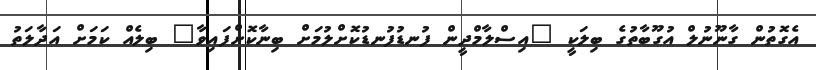
އެގޮތުން ގާނޫނުލް އުގޫބާތުގެ ބިލަކީ "އިސްލާމްދީން ފުނޑުފުނޑުކޮށްލުމަށް ބިނާކޮށްފައިވާ" ބިލެއް ކަމަށް އަދާލަތު